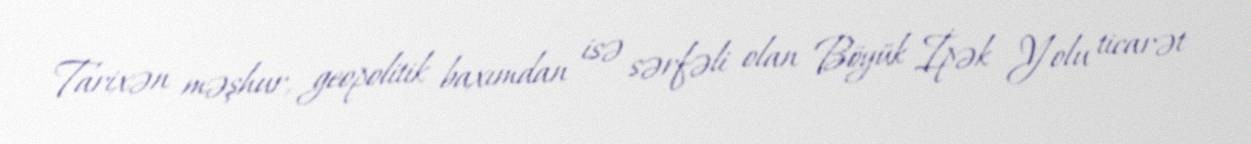
Tarixən məşhur, geopolitik baxımdan isə sərfəli olan Böyük İpək Yolu ticarət